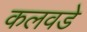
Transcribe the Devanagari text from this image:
कलवडे